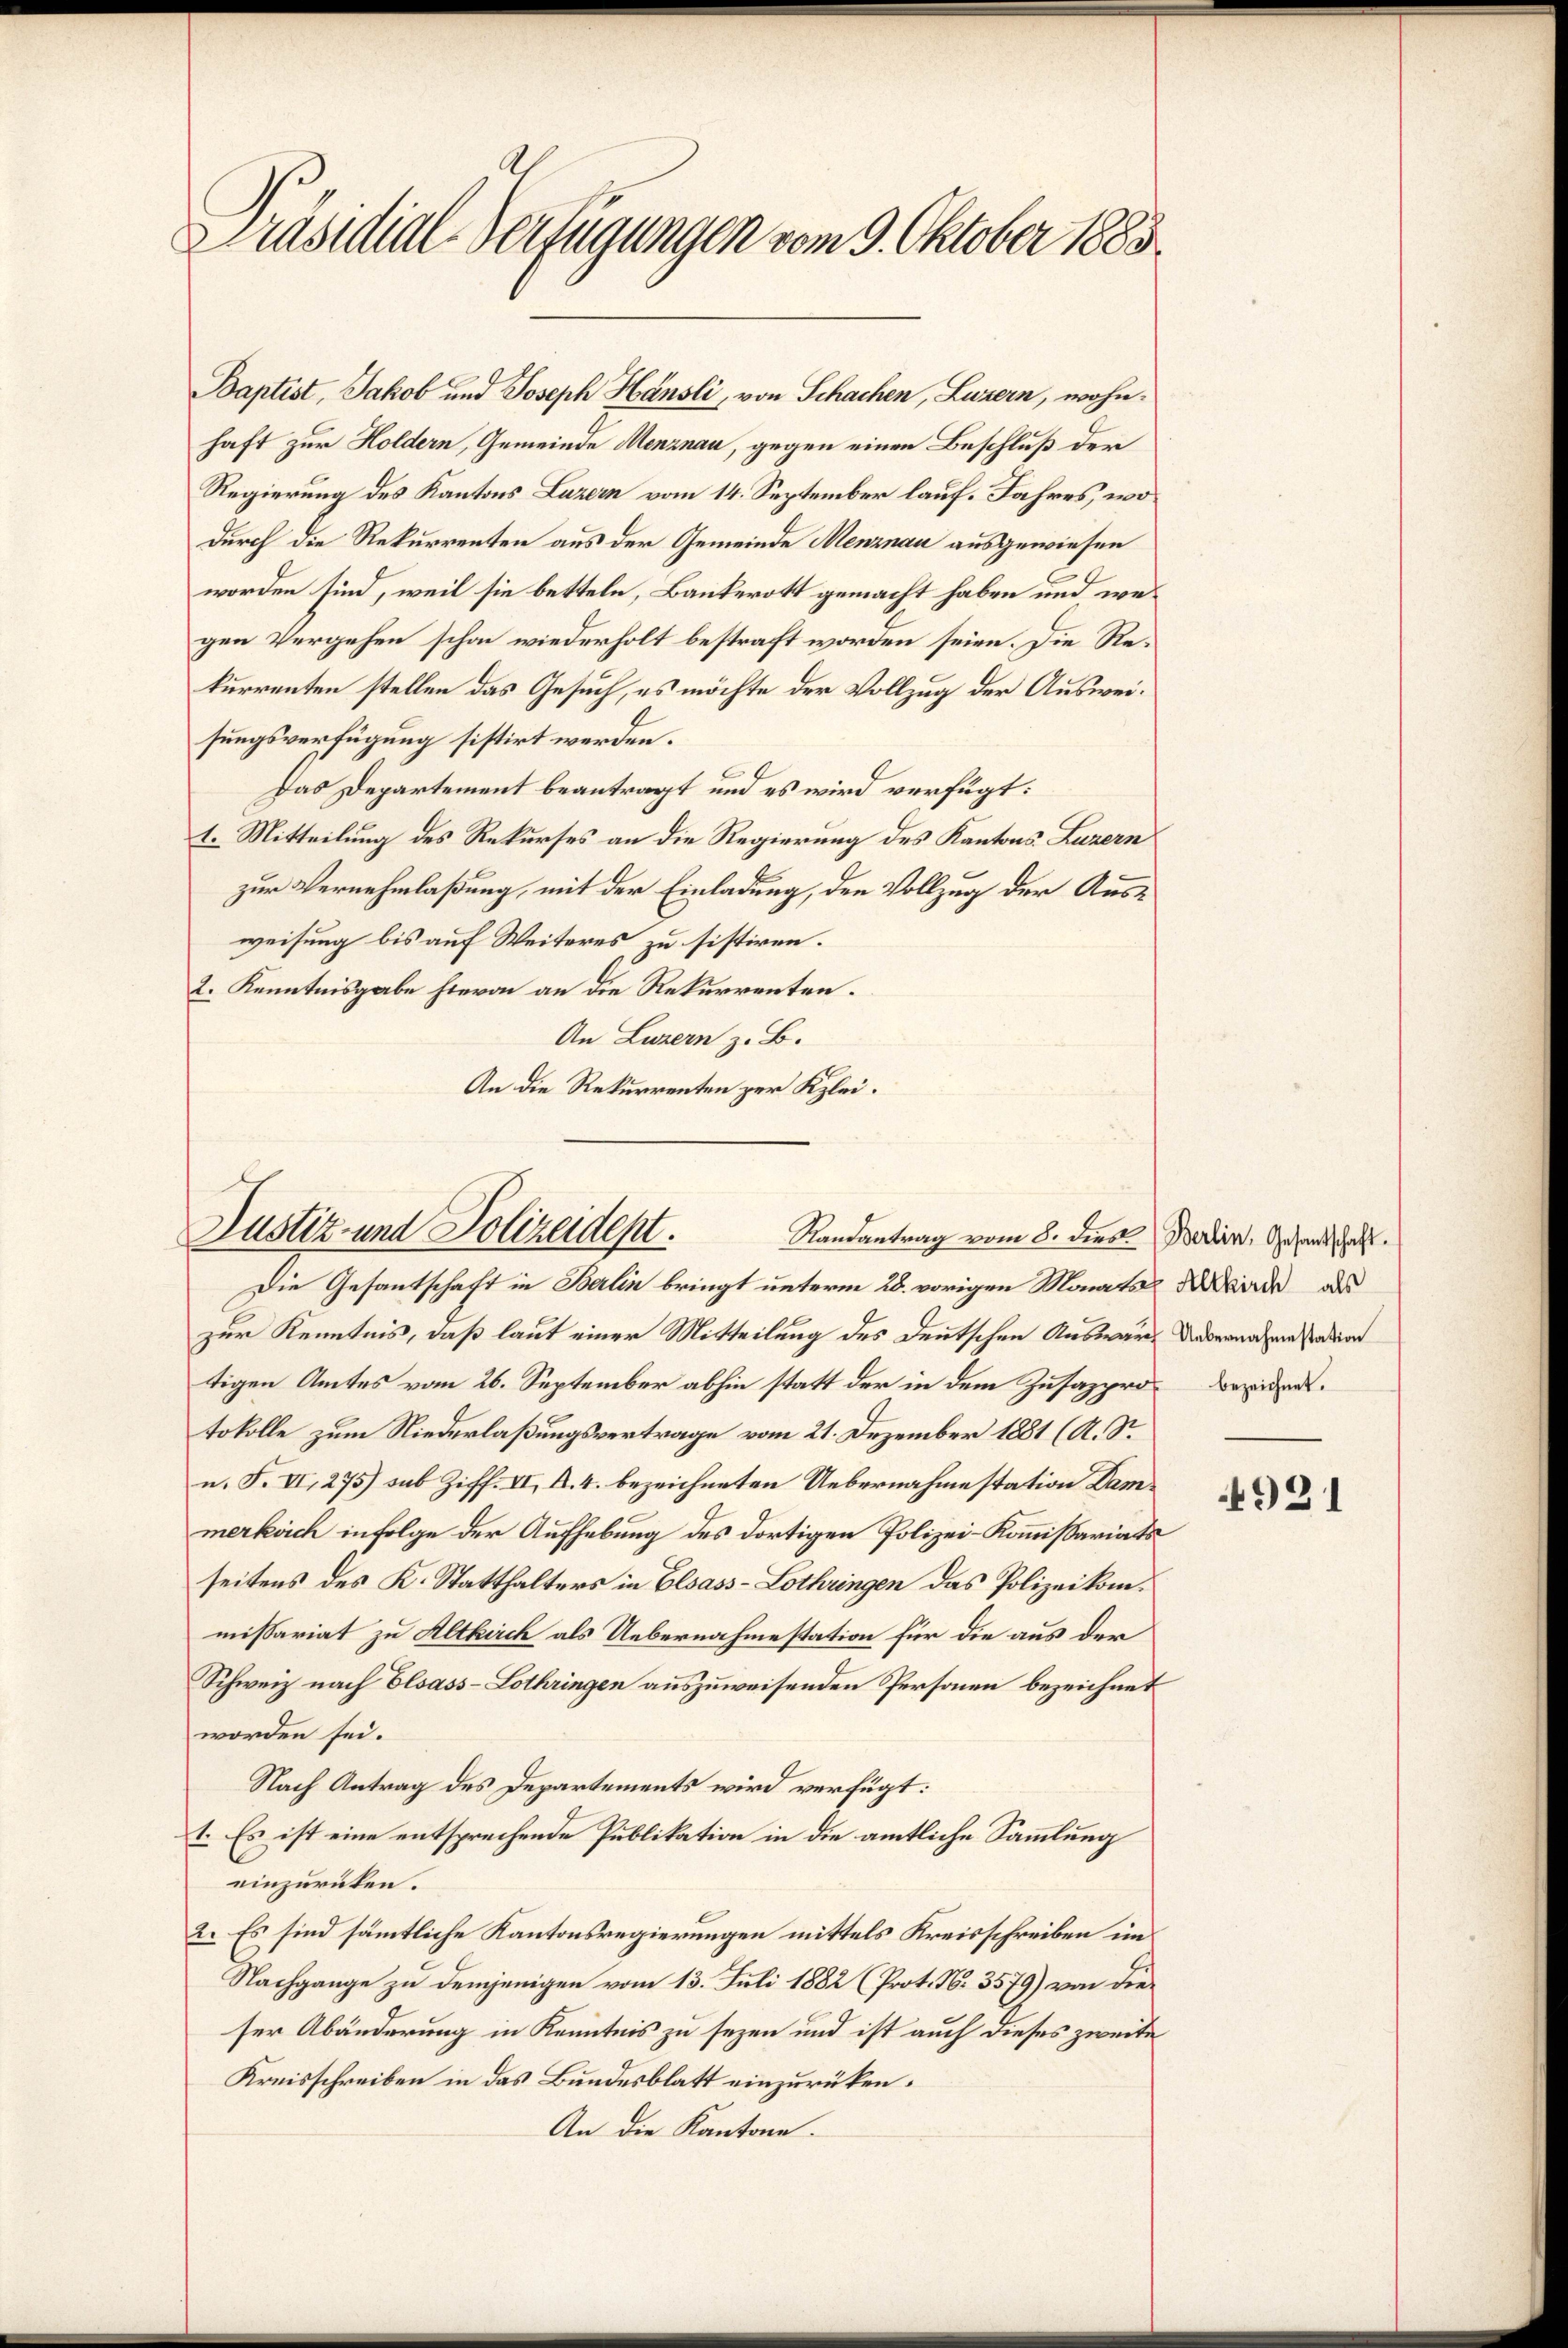
Präsidial-Verfügungen vom 9. Oktober 1883

Baptist, Jakob und Joseph Hänsli, von Schachen, Luzern, wohnhaft zur Holdern, Gemeinde Menznau, gegen einen Beschluß der
Regierung des Kantons Luzern vom 14. September lauf. Jahres, wodurch die Rekurrenten aus der Gemeinde Menznau ausgewiesen
worden sind, weil sie betteln, Bankerott gemacht haben und wegen Vergehen schon wiederholt bestraft worden seien. Die Rekurrenten stellen das Gesuch, es möchte der Vollzug der Ausweisungsverfügung sistirt werden.
Das Departement beantragt und es wird verfügt:
t. Mitteilung des Rekurses an die Regierung des Kantons Luzern
zur Vernehmlaßung, mit der Einladung, den Vollzug der Ausweisung bis auf Weiteres zu sistiren.
2. Kenntnisgabe hievon an die Rekurrenten.
An Luzern z. B.
An die Rekurrenten zur Klei¬

Justiz- und Polizeidept.
Randantrag vom 8. dies Berlin, Gesandschaft.
Die Gesantschaft in Berlin bringt unterm 28. vorigen Monats Kinde als

zur Kenntnis, daß laut einer Mitteilung des deutschen Auswart devernahme sation
tigen Amtes vom 26. September abhin statt der in dem Zusazprobeziert.
tokolle zum Niederlaßungsvertrage vom 21. Dezember 1881 (A. S.
n. F. VI, 275) sub Ziff. VI. A. 4. bezeichneten Uebernahme station Dammerksich in Folge der Aufhebung des dortigen Polizei-Kommissariats
seitens des K. Statthalters in Elsass-Lothringen das Polizeikommissariat zu Altkirch als Uebernahmestation für die aus der
Schweiz nach Elsass-Lothringen auszuweisenden Personen bezeichnet
worden sei.
Nach Antrag des Departements wird verfügt:
1. Es ist eine entsprechende Publikation in die amtliche Sammlung
einzurücken.
2. Es sind sämmtliche Kantonsregierungen mittels Kreisschreiben in
Nachgange zu demjenigen vom 13. Juli 1882 (Prot. N. 3579) von dieser Abänderung in Kenntnis zu sezen und ist auch dieses zweite
Kreisschreiben in das Bundesblatt einzurücken.
An die Kantone.

4921